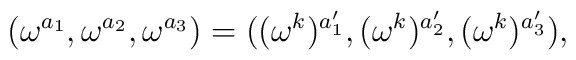
(\omega^{a_1},\omega^{a_2},\omega^{a_3})=((\omega^k)^{a'_1},(\omega^k)^{a'_2},(\omega^k)^{a'_3}),